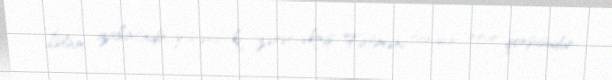
İslam izahatında göstərib ki, zərərçəkmiş Fatiməni tanıyır, onun qonşusudur: